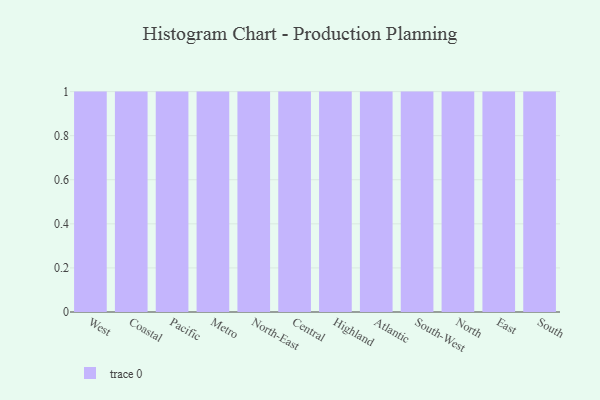
{"axis": {"x": "Region", "y": "Page Views"}, "legend": [""], "data": [{"x": "West", "y": 99, "type": ""}, {"x": "Coastal", "y": 15, "type": ""}, {"x": "Pacific", "y": 98, "type": ""}, {"x": "Metro", "y": 37, "type": ""}, {"x": "North-East", "y": 58, "type": ""}, {"x": "Central", "y": 65, "type": ""}, {"x": "Highland", "y": 59, "type": ""}, {"x": "Atlantic", "y": 93, "type": ""}, {"x": "South-West", "y": 26, "type": ""}, {"x": "North", "y": 9, "type": ""}, {"x": "East", "y": 19, "type": ""}, {"x": "South", "y": 46, "type": ""}]}